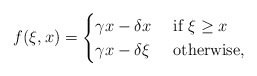
\begin{align*}f(\xi,x) =\begin{cases} \gamma x -\delta x & \mbox{ if } \xi \geq x\\ \gamma x - \delta \xi & \mbox{ otherwise,}\end{cases}\end{align*}